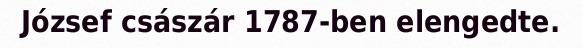
József császár 1787-ben elengedte.